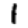
Digit: 1